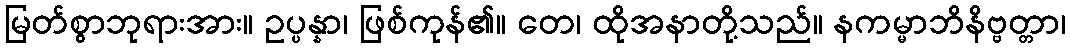
မြတ်စွာဘုရားအား။ ဥပ္ပန္နာ၊ ဖြစ်ကုန်၏။ တေ၊ ထိုအနာတို့သည်။ နကမ္မာဘိနိဗ္ဗတ္တာ၊